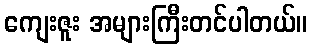
ကျေးဇူး အများကြီးတင်ပါတယ်။